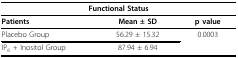
| <COLSPAN=3> Functional Status |
 | --- | --- | --- |
 | Patients | Mean ± SD | p value |
 | Placebo Group | 56.29 ± 15.32 | 0.0003 |
 | IP6 + Inositol Group | 87.94 ± 6.94 |  |